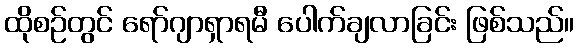
ထိုစဉ်တွင် ရော်ဂျာရှာရမီ ပေါက်ချလာခြင်း ဖြစ်သည်။